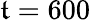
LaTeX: \mathfrak{t}=600